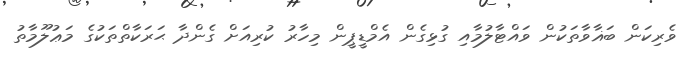
ވެރިކަން ބަޣާވާތަކުން ވައްޓާލުމާއި ގުޅިގެން އެމްޑީޕީން މިހާރު ކުރިއަށް ގެންދާ ޙަރަކާތްތަކުގެ މަޢުލޫމާތު